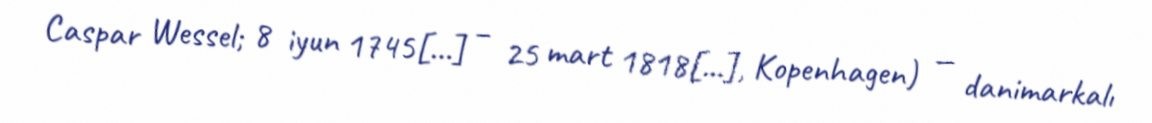
Caspar Wessel; 8 iyun 1745[…] – 25 mart 1818[…], Kopenhagen) — danimarkalı